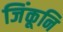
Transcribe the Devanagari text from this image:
जिंकूनि